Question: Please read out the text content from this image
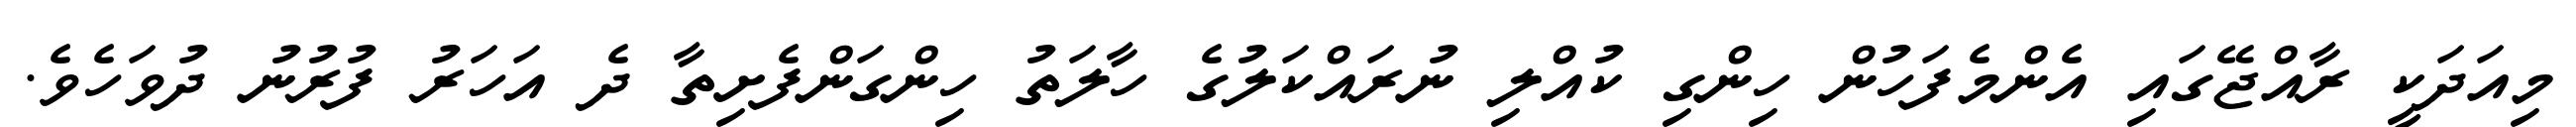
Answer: މިއަދަކީ ރާއްޖޭގައި އެންމެފަހުން ހިންގި ކުއްލި ނުރައްކަލުގެ ހާލަތު ހިންގަންފެށިތާ ދެ އަހަރު ފުރުނު ދުވަހެވެ.